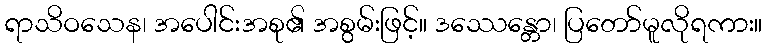
ရာသိဝသေန၊ အပေါင်းအစု၏ အစွမ်းဖြင့်။ ဒဿေန္တော၊ ပြတော်မူလိုရကား။